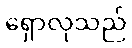
ရှောလုသည်